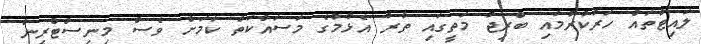
ލައިޓްތައް ހަރުކުރުމާއި ބްރިޖު މަތީގައި ތާރު އެޅުމުގެ މަސައްކަތް ކަމަށް ވެސް މިނިސްޓްރީން